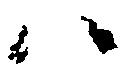
ハ